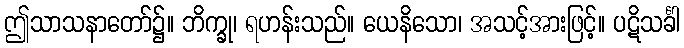
ဤသာသနာတော်၌။ ဘိက္ခု၊ ရဟန်းသည်။ ယေနိသော၊ အသင့်အားဖြင့်။ ပဋိသင်္ခါ